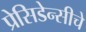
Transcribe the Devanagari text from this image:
प्रेसिडेन्सीचे